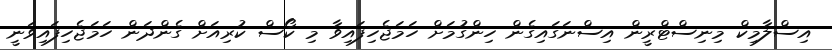
އިސްލާމިކް މިނިސްޓްރީން އިސްނަގައިގެން ހިންގުމަށް ހަމަޖެހިފައިވާ މި ކޯސް ކުރިއަށް ގެންދަން ހަމަޖެހިފައިވަނީ